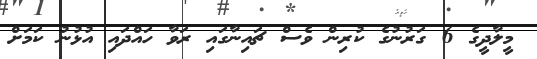
މީލާދީގެ 6 ގަރުނުގެ ކުރިން ވެސް ޗައިނާގައި ރަވާ ހައްދައި އުޅުނު ކަމަށް